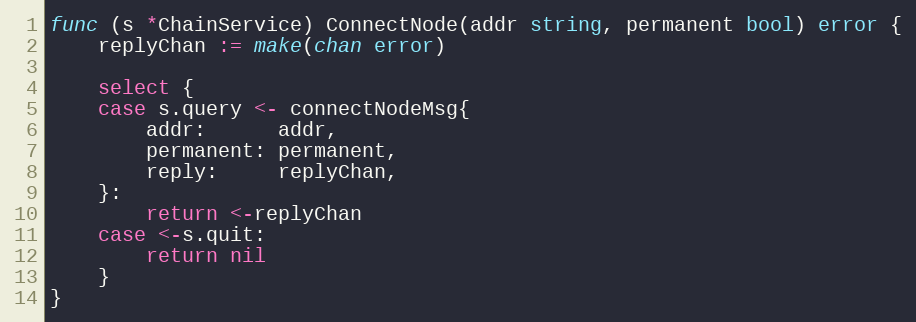
Language: Go
func (s *ChainService) ConnectNode(addr string, permanent bool) error {
	replyChan := make(chan error)

	select {
	case s.query <- connectNodeMsg{
		addr:      addr,
		permanent: permanent,
		reply:     replyChan,
	}:
		return <-replyChan
	case <-s.quit:
		return nil
	}
}